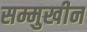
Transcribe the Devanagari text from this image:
सम्मुखीन